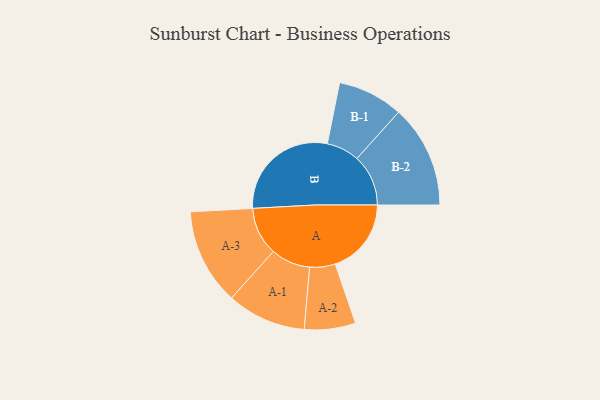
{"axis": {"x": "Segment", "y": "Value"}, "legend": ["", "A", "B"], "data": [{"x": "A", "y": 327, "type": ""}, {"x": "B", "y": 481, "type": ""}, {"x": "A-1", "y": 170, "type": "A"}, {"x": "A-2", "y": 110, "type": "A"}, {"x": "A-3", "y": 207, "type": "A"}, {"x": "B-1", "y": 141, "type": "B"}, {"x": "B-2", "y": 221, "type": "B"}]}